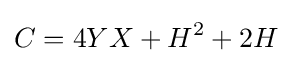
C=4YX+H^{2}+2H